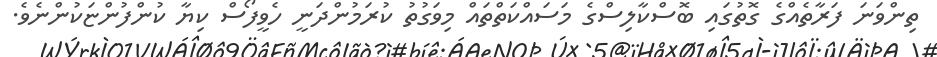
ތިންވަނަ ފަރާތެއްގެ ގޮތުގައި ބޮސްކާލިސްގެ މަސައްކަތްތައް މިވަގުތު ކުރަމުންދަނީ ހެވީފޯސް ކިޔާ ކުންފުންޏަކުންނެވެ.